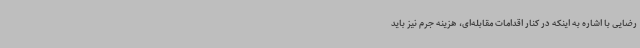
رضایی با اشاره به اینکه در کنار اقدامات مقابله‌ای، هزینه جرم نیز باید